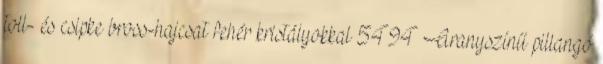
toll- és csipke bross-hajcsat fehér kristályokkal 5494 Aranyszínű pillangó